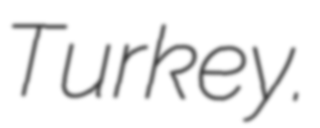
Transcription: Turkey.